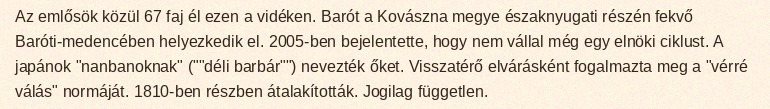
Az emlősök közül 67 faj él ezen a vidéken. Barót a Kovászna megye északnyugati részén fekvő Baróti-medencében helyezkedik el. 2005-ben bejelentette, hogy nem vállal még egy elnöki ciklust. A japánok "nanbanoknak" (""déli barbár"") nevezték őket. Visszatérő elvárásként fogalmazta meg a "vérré válás" normáját. 1810-ben részben átalakították. Jogilag független.